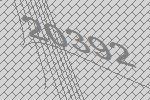
20392